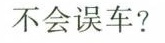
不会误车?